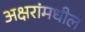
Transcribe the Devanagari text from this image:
अक्षरांमधील